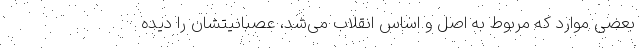
بعضی موارد که مربوط به اصل و اساس انقلاب می‌شد، عصبانیتشان را دیده